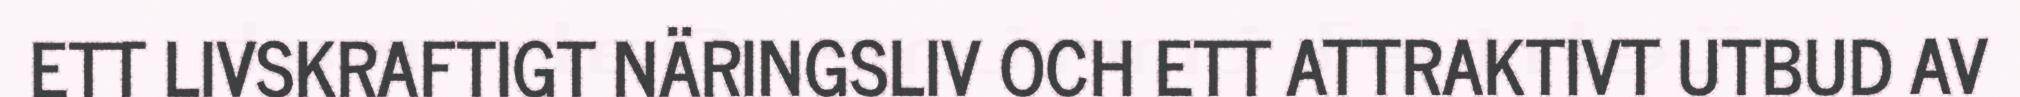
ETT LIVSKRAFTIGT NÄRINGSLIV OCH ETT ATTRAKTIVT UTBUD AV